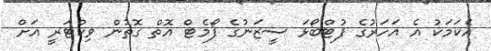
އެކަމަކު އެ އަހަރުގެ ފުޓްބޯޅަ ސީޒަނުގެ ފޯމެޓް އޮތް ގޮތުން ވިކްޓަރީ އަށް